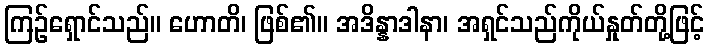
ကြဉ်ရှောင်သည်။ ဟောတိ၊ ဖြစ်၏။ အဒိန္နာဒါနာ၊ အရှင်သည်ကိုယ်နှုတ်တို့ဖြင့်